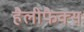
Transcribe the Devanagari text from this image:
हैलीफैक्स